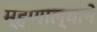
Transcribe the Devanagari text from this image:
म्हणाल्याने